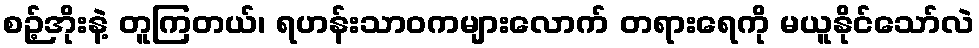
စဉ့်အိုးနဲ့ တူကြတယ်၊ ရဟန်းသာဝကများလောက် တရားရေကို မယူနိုင်သော်လဲ